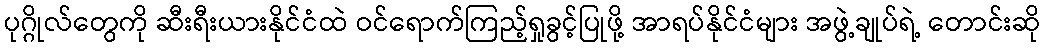
ပုဂ္ဂိုလ်တွေကို ဆီးရီးယားနိုင်ငံထဲ ဝင်ရောက်ကြည့်ရှုခွင့်ပြုဖို့ အာရပ်နိုင်ငံများ အဖွဲ့ချုပ်ရဲ့ တောင်းဆို